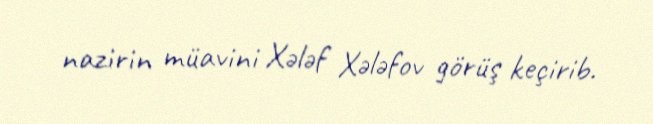
nazirin müavini Xələf Xələfov görüş keçirib.